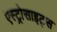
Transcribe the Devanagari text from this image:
एस्ट्रोसाइट्स